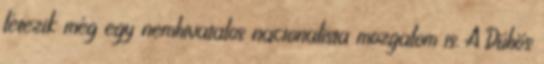
létezik még egy nemhivatalos nacionalista mozgalom is. A Dühös